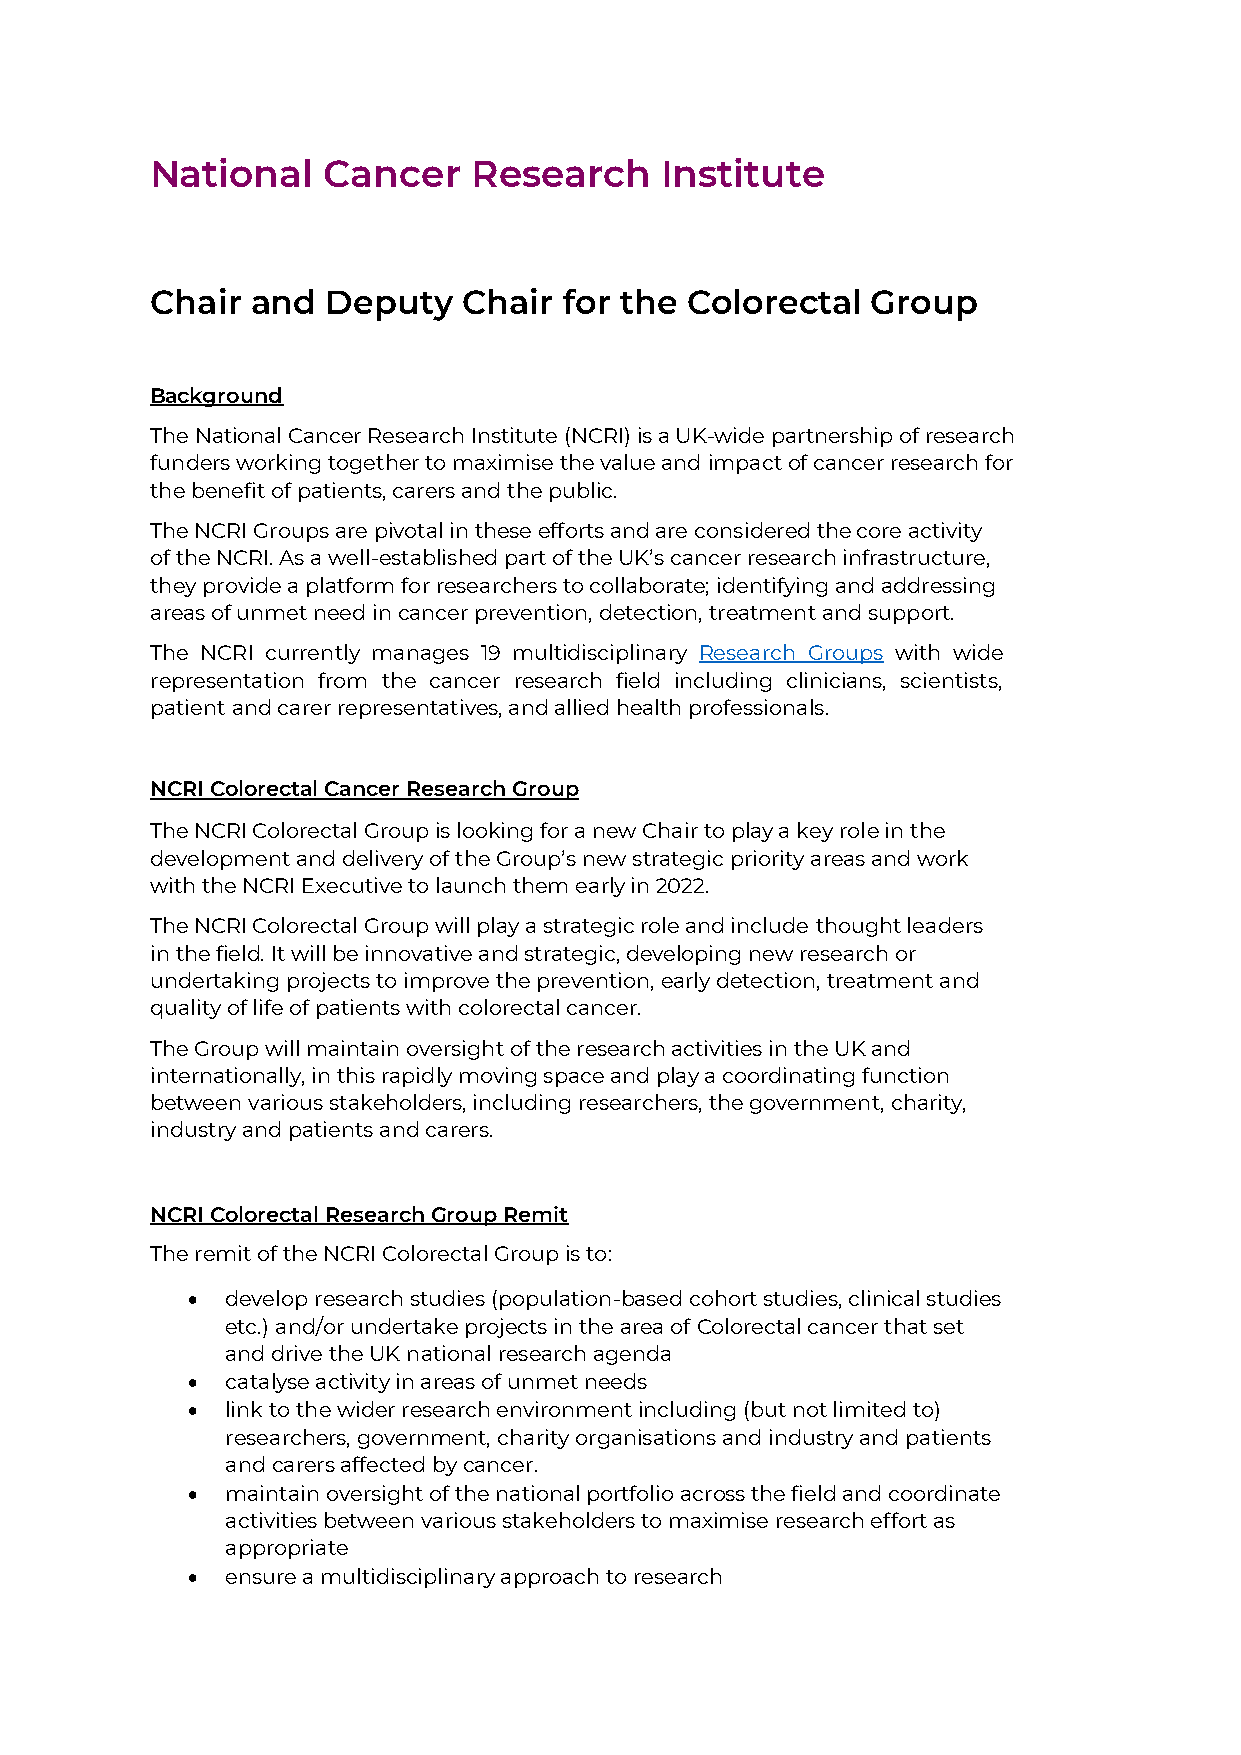
National   Cancer    Research     Institute
 Chair  and  Deputy   Chair for the Colorectal   Group
 Background
 The National Cancer Research Institute (NCRI) is a UK-wide partnership of research
 funders working together to maximise the value and impact of cancer research for
 the benefit of patients, carers and the public.
 The NCRI Groups are pivotal in these efforts and are considered the core activity
 of the NCRI. As a well-established part of the UK’s cancer research infrastructure,
 they provide a platform for researchers to collaborate; identifying and addressing
 areas of unmet need in cancer prevention, detection, treatment and support.
 The NCRI currently manages 19 multidisciplinary Research Groups with wide
 representation from the cancer research field including clinicians, scientists,
 patient and carer representatives, and allied health professionals.
 NCRI Colorectal Cancer Research Group
 The NCRI Colorectal Group is looking for a new Chair to play a key role in the
 development and delivery of the Group’s new strategic priority areas and work
 with the NCRI Executive to launch them early in 2022.
 The NCRI Colorectal Group will play a strategic role and include thought leaders
 in the field. It will be innovative and strategic, developing new research or
 undertaking projects to improve the prevention, early detection, treatment and
 quality of life of patients with colorectal cancer.
 The Group will maintain oversight of the research activities in the UK and
 internationally, in this rapidly moving space and play a coordinating function
 between various stakeholders, including researchers, the government, charity,
 industry and patients and carers.
 NCRI Colorectal Research Group Remit
 The remit of the NCRI Colorectal Group is to:
 •  develop research studies (population-based cohort studies, clinical studies
 etc.) and/or undertake projects in the area of Colorectal cancer that set
 and drive the UK national research agenda
 •  catalyse activity in areas of unmet needs
 •  link to the wider research environment including (but not limited to)
 researchers, government, charity organisations and industry and patients
 and carers affected by cancer.
 •  maintain oversight of the national portfolio across the field and coordinate
 activities between various stakeholders to maximise research effort as
 appropriate
 •  ensure a multidisciplinary approach to research